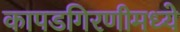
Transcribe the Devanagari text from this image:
कापडगिरणीमध्ये